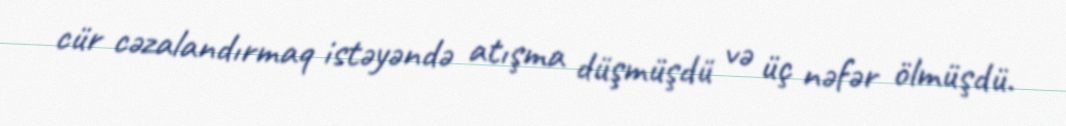
cür cəzalandırmaq istəyəndə atışma düşmüşdü və üç nəfər ölmüşdü.